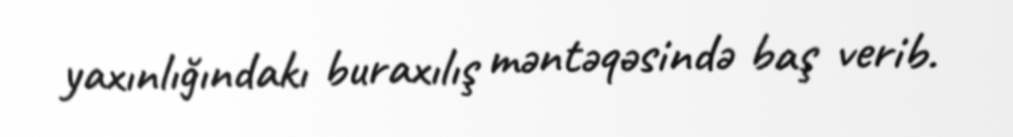
yaxınlığındakı buraxılış məntəqəsində baş verib.